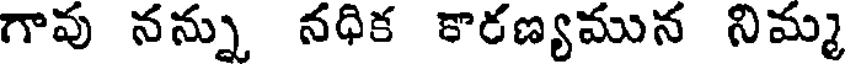
గావు నన్ను నధిక కారణ్యమున నిమ్మ